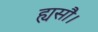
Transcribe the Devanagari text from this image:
ह्यसौ।